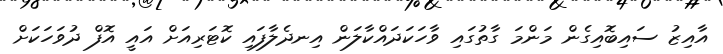
އާއިޒު ސައިބޮއިގެން މަންމަ ގާތުގައި ވާހަކަދައްކާލަން އިނދެލާފައި ކޮޓަރިއަށް އައީ އޮފް ދުވަހަކަށް